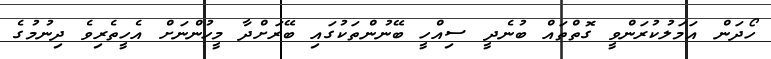
ހޯދަން އަމަލުކުރަންވީ ގޮތްތައް ބުނެދީ ސިއްހީ ބޭނުންތަކުގައި ބޭރަށްދާ މީހުންނަށް އެހީތެރިވެ ދިނުމުގެ